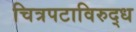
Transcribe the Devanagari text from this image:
चित्रपटाविरुद्ध